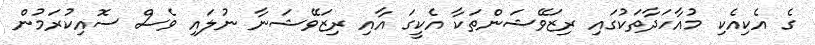
ގެ އެކިއެކި މުއާހަދާތަކުގައި ރިޒަވޭޝަންތަކާ އެކީގަ އާއި ރިޒަވޭޝަނާ ނުލައި ވެސް ސޮއިކުރަމުން